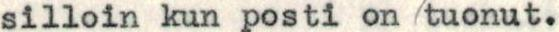
silloin kun posti on /tuonut.